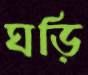
ঘড়ি